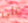
على